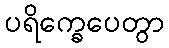
ပရိက္ခေပေတွာ